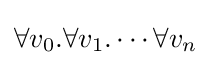
\forall v_{0}.\forall v_{1}.\cdots \forall v_{n}